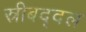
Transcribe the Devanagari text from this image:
स्रीबद्दल